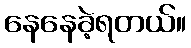
နေနေခဲ့ရတယ်။